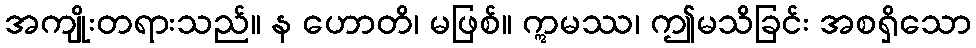
အကျိုးတရားသည်။ န ဟောတိ၊ မဖြစ်။ ဣမဿ၊ ဤမသိခြင်း အစရှိသော